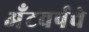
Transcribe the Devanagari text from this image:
अँटवर्पचे